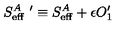
{ S _ { \mathrm { e f f } } ^ { A } } \ ^ { \prime } \equiv S _ { \mathrm { e f f } } ^ { A } + \epsilon O _ { 1 } ^ { \prime }